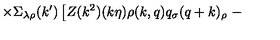
\times \Sigma _ { \lambda \rho } ( k ^ { \prime } ) \left[ Z ( k ^ { 2 } ) ( k \eta ) \rho ( k , q ) q _ { \sigma } ( q + k ) _ { \rho } \right. -